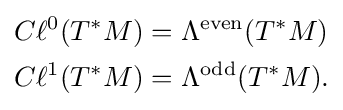
{\begin{aligned}C\ell ^{0}(T^{*}M)&=\Lambda ^{\mathrm {even} }(T^{*}M)\\C\ell ^{1}(T^{*}M)&=\Lambda ^{\mathrm {odd} }(T^{*}M).\end{aligned}}